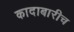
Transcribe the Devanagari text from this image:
कादाबारीच